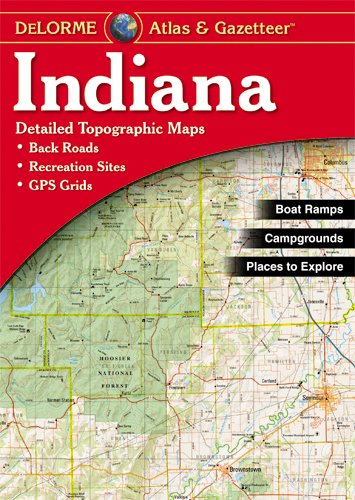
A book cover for Indiana Atlas & Gazetteer; Delorme; Reference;